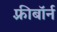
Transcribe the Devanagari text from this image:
फ़्रीबॉर्न